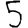
Digit: 5